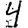
Digit: 4